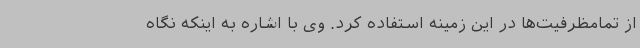
از تمامظرفیت‌ها در این زمینه استفاده کرد. وی با اشاره به اینکه نگاه